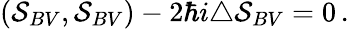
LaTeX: (\mathcal{S}_{BV},\mathcal{S}_{BV})-2\hbar i\triangle\mathcal{S}_{BV}=0\, .